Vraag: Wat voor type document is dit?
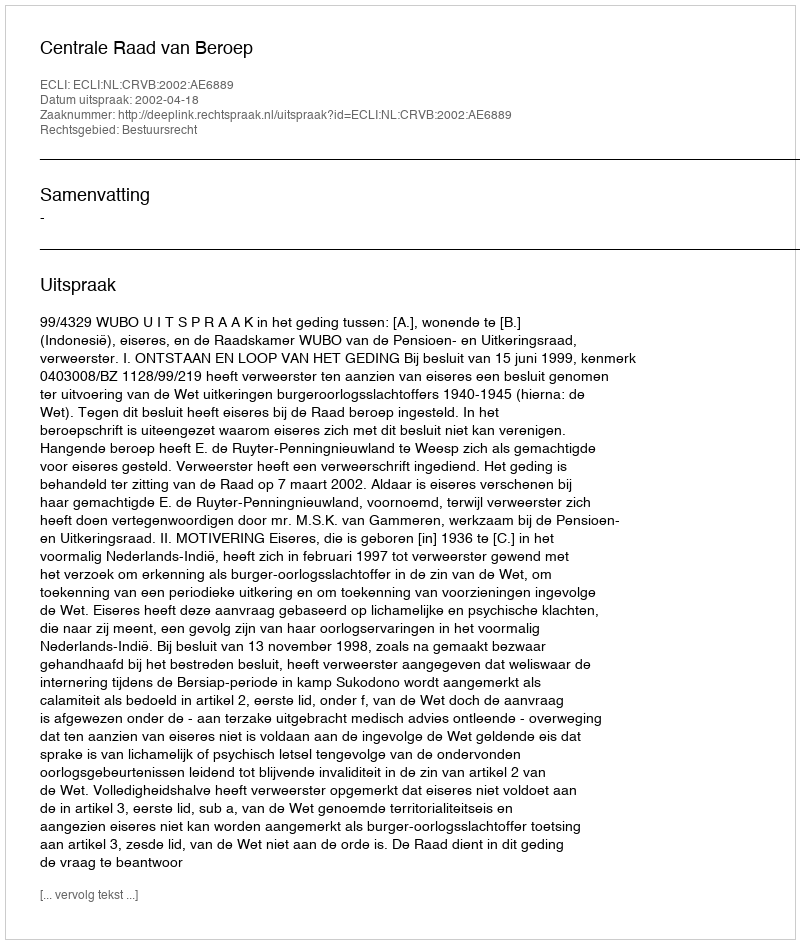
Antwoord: Uitspraak